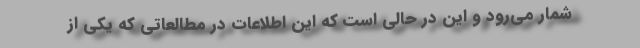
شمار می‌رود و این در حالی است که این اطلاعات در مطالعاتی که یکی از